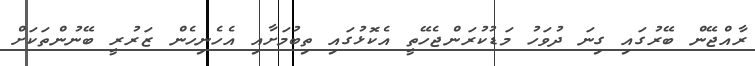
ރާއްޖޭން ބޭރުގައި ގިނަ ދުވަހު މަޑުކުރަންޖެހޭތީ އެކޮޅުގައި ތިބުމަށާއި އެހެނިހެން ޒަރުރީ ބޭނުންތަކަށް